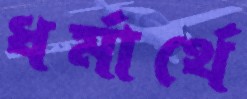
ধর্মার্থে